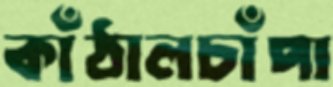
কাঁঠালচাঁপা